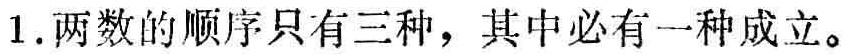
1. 两数的顺序只有三种，其中必有一种成立。